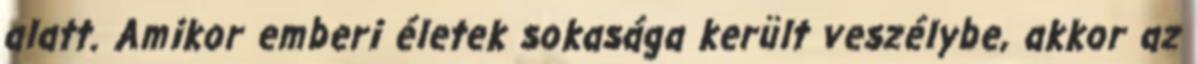
alatt. Amikor emberi életek sokasága került veszélybe, akkor az